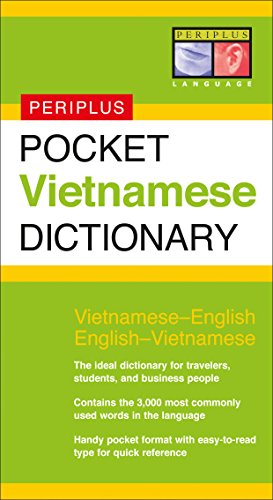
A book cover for Pocket Vietnamese Dictionary: Vietnamese-English English-Vietnamese (Periplus Pocket Dictionaries); Benjamin Wilkinson; Travel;